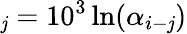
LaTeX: _\mathit{j}=10^{3}\ln(\alpha_{i-\mathit{j}})